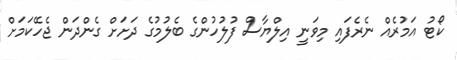
ކޯޓު އަމުރެއް ނެރެފައި މިވަނީ އިލްޔާސް ފުލުހުންގެ ބެލުމުގެ ދަށަށް ގެންދަން ޖެހޭކަމަށް